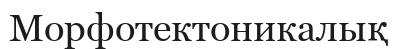
Морфотектоникалық